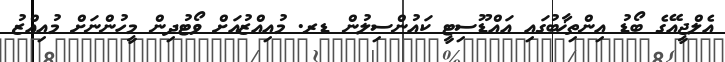
އެލްޖީއޭގެ ބޯޑު އިންތިޚާބުގައި އައްޑޫސިޓީ ކައުންސިލުން ޑރ. މުއިއްޒުއަށް ވޯޓުދިން މީހުންނަށް މުއިއްޒު